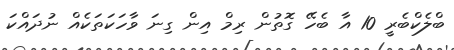
ބްލެކްބެރީ 10 އާ ބެހޭ ގޮތުން ރިމް އިން ގިނަ ވާހަކަތަކެއް ނުދައްކަ